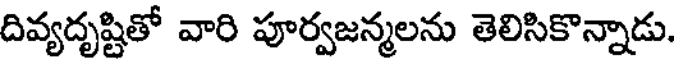
దివ్యదృష్టితో వారి పూర్వజన్మలను తెలిసికొన్నాడు.